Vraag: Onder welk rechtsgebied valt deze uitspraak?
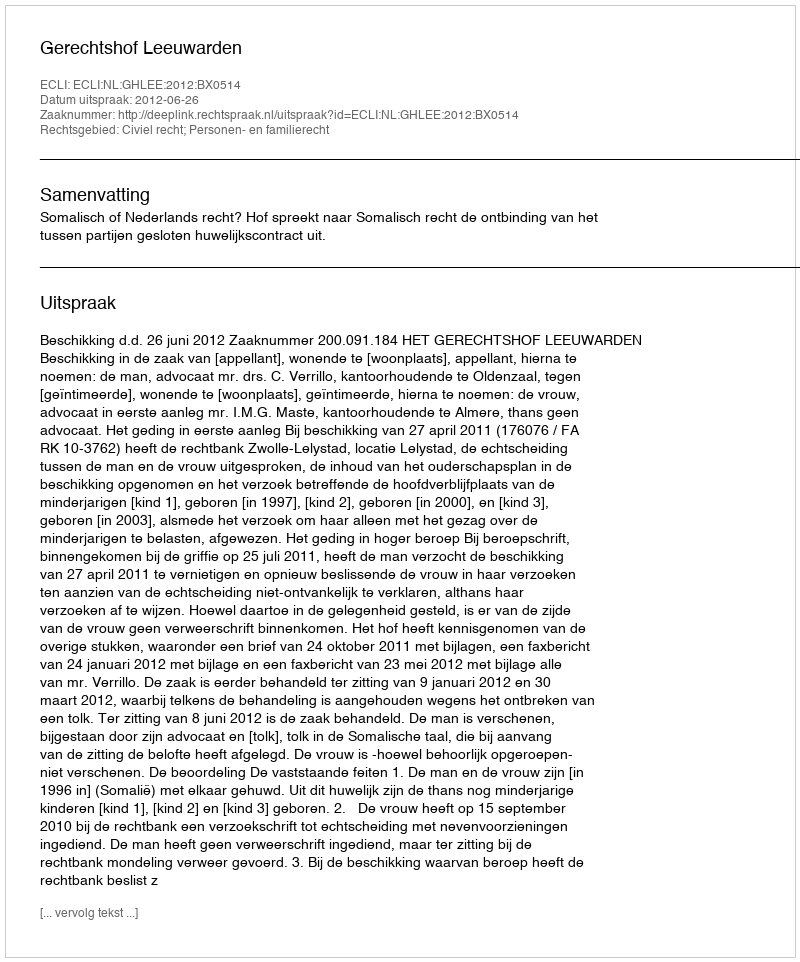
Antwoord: Civiel recht; Personen- en familierecht